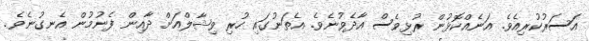
އަސަރުކުރިއެވެ. އަނެއްކޮޅުން ރުޅިވެސް އާދެވުނެވެ. އެތަނުގައި ހުރި ވިޝާލްއަށް ދާއިން ފެނުމުން އެނގުނެވެ.